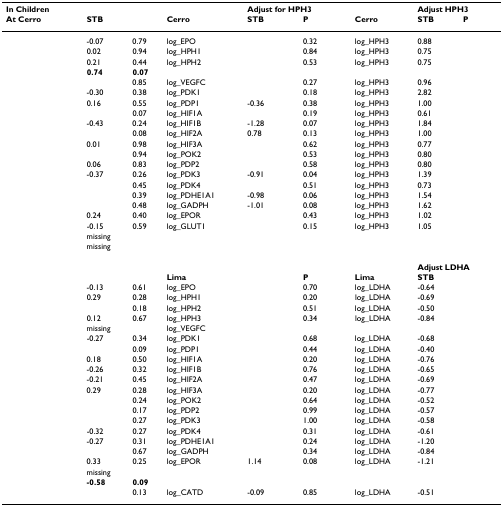
<table><thead><tr><td><b>In Children</b></td><td>[EMPTY_CELL]</td><td>[EMPTY_CELL]</td><td>[EMPTY_CELL]</td><td colspan="2"><b>Adjust for HPH3</b></td><td>[EMPTY_CELL]</td><td colspan="2"><b>Adjust HPH3</b></td></tr><tr><td><b>At Cerro</b></td><td><b>STB</b></td><td>[EMPTY_CELL]</td><td><b>Cerro</b></td><td><b>STB</b></td><td><b>P</b></td><td><b>Cerro</b></td><td><b>STB</b></td><td><b>P</b></td></tr></thead><tbody><tr><td>[EMPTY_CELL]</td><td>-0.07</td><td>0.79</td><td>log_EPO</td><td>[EMPTY_CELL]</td><td>0.32</td><td>log_HPH3</td><td>0.88</td><td>[EMPTY_CELL]</td></tr><tr><td>[EMPTY_CELL]</td><td>0.02</td><td>0.94</td><td>log_HPH1</td><td>[EMPTY_CELL]</td><td>0.84</td><td>log_HPH3</td><td>0.75</td><td>[EMPTY_CELL]</td></tr><tr><td>[EMPTY_CELL]</td><td>0.21</td><td>0.44</td><td>log_HPH2</td><td>[EMPTY_CELL]</td><td>0.53</td><td>log_HPH3</td><td>0.75</td><td>[EMPTY_CELL]</td></tr><tr><td>[EMPTY_CELL]</td><td><b>0.74</b></td><td><b>0.07</b></td><td>[EMPTY_CELL]</td><td>[EMPTY_CELL]</td><td>[EMPTY_CELL]</td><td>[EMPTY_CELL]</td><td>[EMPTY_CELL]</td><td>[EMPTY_CELL]</td></tr><tr><td>[EMPTY_CELL]</td><td>[EMPTY_CELL]</td><td>0.85</td><td>log_VEGFC</td><td>[EMPTY_CELL]</td><td>0.27</td><td>log_HPH3</td><td>0.96</td><td>[EMPTY_CELL]</td></tr><tr><td>[EMPTY_CELL]</td><td>-0.30</td><td>0.38</td><td>log_PDK1</td><td>[EMPTY_CELL]</td><td>0.18</td><td>log_HPH3</td><td>2.82</td><td>[EMPTY_CELL]</td></tr><tr><td>[EMPTY_CELL]</td><td>0.16</td><td>0.55</td><td>log_PDP1</td><td>-0.36</td><td>0.38</td><td>log_HPH3</td><td>1.00</td><td>[EMPTY_CELL]</td></tr><tr><td>[EMPTY_CELL]</td><td>[EMPTY_CELL]</td><td>0.07</td><td>log_HIF1A</td><td>[EMPTY_CELL]</td><td>0.19</td><td>log_HPH3</td><td>0.61</td><td>[EMPTY_CELL]</td></tr><tr><td>[EMPTY_CELL]</td><td>-0.43</td><td>0.24</td><td>log_HIF1B</td><td>-1.28</td><td>0.07</td><td>log_HPH3</td><td>1.84</td><td>[EMPTY_CELL]</td></tr><tr><td>[EMPTY_CELL]</td><td>[EMPTY_CELL]</td><td>0.08</td><td>log_HIF2A</td><td>0.78</td><td>0.13</td><td>log_HPH3</td><td>1.00</td><td>[EMPTY_CELL]</td></tr><tr><td>[EMPTY_CELL]</td><td>0.01</td><td>0.98</td><td>log_HIF3A</td><td>[EMPTY_CELL]</td><td>0.62</td><td>log_HPH3</td><td>0.77</td><td>[EMPTY_CELL]</td></tr><tr><td>[EMPTY_CELL]</td><td>[EMPTY_CELL]</td><td>0.94</td><td>log_POK2</td><td>[EMPTY_CELL]</td><td>0.53</td><td>log_HPH3</td><td>0.80</td><td>[EMPTY_CELL]</td></tr><tr><td>[EMPTY_CELL]</td><td>0.06</td><td>0.83</td><td>log_PDP2</td><td>[EMPTY_CELL]</td><td>0.58</td><td>log_HPH3</td><td>0.80</td><td>[EMPTY_CELL]</td></tr><tr><td>[EMPTY_CELL]</td><td>-0.37</td><td>0.26</td><td>log_PDK3</td><td>-0.91</td><td>0.04</td><td>log_HPH3</td><td>1.39</td><td>[EMPTY_CELL]</td></tr><tr><td>[EMPTY_CELL]</td><td>[EMPTY_CELL]</td><td>0.45</td><td>log_PDK4</td><td>[EMPTY_CELL]</td><td>0.51</td><td>log_HPH3</td><td>0.73</td><td>[EMPTY_CELL]</td></tr><tr><td>[EMPTY_CELL]</td><td>[EMPTY_CELL]</td><td>0.39</td><td>log_PDHE1A1</td><td>-0.98</td><td>0.06</td><td>log_HPH3</td><td>1.54</td><td>[EMPTY_CELL]</td></tr><tr><td>[EMPTY_CELL]</td><td>[EMPTY_CELL]</td><td>0.48</td><td>log_GADPH</td><td>-1.01</td><td>0.08</td><td>log_HPH3</td><td>1.62</td><td>[EMPTY_CELL]</td></tr><tr><td>[EMPTY_CELL]</td><td>0.24</td><td>0.40</td><td>log_EPOR</td><td>[EMPTY_CELL]</td><td>0.43</td><td>log_HPH3</td><td>1.02</td><td>[EMPTY_CELL]</td></tr><tr><td>[EMPTY_CELL]</td><td>-0.15</td><td>0.59</td><td>log_GLUT1</td><td>[EMPTY_CELL]</td><td>0.15</td><td>log_HPH3</td><td>1.05</td><td>[EMPTY_CELL]</td></tr><tr><td>[EMPTY_CELL]</td><td>missing</td><td>[EMPTY_CELL]</td><td>[EMPTY_CELL]</td><td>[EMPTY_CELL]</td><td>[EMPTY_CELL]</td><td>[EMPTY_CELL]</td><td>[EMPTY_CELL]</td><td>[EMPTY_CELL]</td></tr><tr><td>[EMPTY_CELL]</td><td>missing</td><td>[EMPTY_CELL]</td><td>[EMPTY_CELL]</td><td>[EMPTY_CELL]</td><td>[EMPTY_CELL]</td><td>[EMPTY_CELL]</td><td>[EMPTY_CELL]</td><td>[EMPTY_CELL]</td></tr><tr><td>[EMPTY_CELL]</td><td>[EMPTY_CELL]</td><td>[EMPTY_CELL]</td><td>[EMPTY_CELL]</td><td colspan="2">[EMPTY_CELL]</td><td>[EMPTY_CELL]</td><td colspan="2"><b>Adjust LDHA</b></td></tr><tr><td>[EMPTY_CELL]</td><td>[EMPTY_CELL]</td><td>[EMPTY_CELL]</td><td><b>Lima</b></td><td>[EMPTY_CELL]</td><td><b>P</b></td><td><b>Lima</b></td><td><b>STB</b></td><td>[EMPTY_CELL]</td></tr><tr><td>[EMPTY_CELL]</td><td>-0.13</td><td>0.61</td><td>log_EPO</td><td>[EMPTY_CELL]</td><td>0.70</td><td>log_LDHA</td><td>-0.64</td><td>[EMPTY_CELL]</td></tr><tr><td>[EMPTY_CELL]</td><td>0.29</td><td>0.28</td><td>log_HPH1</td><td>[EMPTY_CELL]</td><td>0.20</td><td>log_LDHA</td><td>-0.69</td><td>[EMPTY_CELL]</td></tr><tr><td>[EMPTY_CELL]</td><td>[EMPTY_CELL]</td><td>0.18</td><td>log_HPH2</td><td>[EMPTY_CELL]</td><td>0.51</td><td>log_LDHA</td><td>-0.50</td><td>[EMPTY_CELL]</td></tr><tr><td>[EMPTY_CELL]</td><td>0.12</td><td>0.67</td><td>log_HPH3</td><td>[EMPTY_CELL]</td><td>0.34</td><td>log_LDHA</td><td>-0.84</td><td>[EMPTY_CELL]</td></tr><tr><td>[EMPTY_CELL]</td><td>missing</td><td>[EMPTY_CELL]</td><td>log_VEGFC</td><td>[EMPTY_CELL]</td><td>[EMPTY_CELL]</td><td>[EMPTY_CELL]</td><td>[EMPTY_CELL]</td><td>[EMPTY_CELL]</td></tr><tr><td>[EMPTY_CELL]</td><td>-0.27</td><td>0.34</td><td>log_PDK1</td><td>[EMPTY_CELL]</td><td>0.68</td><td>log_LDHA</td><td>-0.68</td><td>[EMPTY_CELL]</td></tr><tr><td>[EMPTY_CELL]</td><td>[EMPTY_CELL]</td><td>0.09</td><td>log_PDP1</td><td>[EMPTY_CELL]</td><td>0.44</td><td>log_LDHA</td><td>-0.40</td><td>[EMPTY_CELL]</td></tr><tr><td>[EMPTY_CELL]</td><td>0.18</td><td>0.50</td><td>log_HIF1A</td><td>[EMPTY_CELL]</td><td>0.20</td><td>log_LDHA</td><td>-0.76</td><td>[EMPTY_CELL]</td></tr><tr><td>[EMPTY_CELL]</td><td>-0.26</td><td>0.32</td><td>log_HIF1B</td><td>[EMPTY_CELL]</td><td>0.76</td><td>log_LDHA</td><td>-0.65</td><td>[EMPTY_CELL]</td></tr><tr><td>[EMPTY_CELL]</td><td>-0.21</td><td>0.45</td><td>log_HIF2A</td><td>[EMPTY_CELL]</td><td>0.47</td><td>log_LDHA</td><td>-0.69</td><td>[EMPTY_CELL]</td></tr><tr><td>[EMPTY_CELL]</td><td>0.29</td><td>0.28</td><td>log_HIF3A</td><td>[EMPTY_CELL]</td><td>0.20</td><td>log_LDHA</td><td>-0.77</td><td>[EMPTY_CELL]</td></tr><tr><td>[EMPTY_CELL]</td><td>[EMPTY_CELL]</td><td>0.24</td><td>log_POK2</td><td>[EMPTY_CELL]</td><td>0.64</td><td>log_LDHA</td><td>-0.52</td><td>[EMPTY_CELL]</td></tr><tr><td>[EMPTY_CELL]</td><td>[EMPTY_CELL]</td><td>0.17</td><td>log_PDP2</td><td>[EMPTY_CELL]</td><td>0.99</td><td>log_LDHA</td><td>-0.57</td><td>[EMPTY_CELL]</td></tr><tr><td>[EMPTY_CELL]</td><td>[EMPTY_CELL]</td><td>0.27</td><td>log_PDK3</td><td>[EMPTY_CELL]</td><td>1.00</td><td>log_LDHA</td><td>-0.58</td><td>[EMPTY_CELL]</td></tr><tr><td>[EMPTY_CELL]</td><td>-0.32</td><td>0.27</td><td>log_PDK4</td><td>[EMPTY_CELL]</td><td>0.31</td><td>log_LDHA</td><td>-0.61</td><td>[EMPTY_CELL]</td></tr><tr><td>[EMPTY_CELL]</td><td>-0.27</td><td>0.31</td><td>log_PDHE1A1</td><td>[EMPTY_CELL]</td><td>0.24</td><td>log_LDHA</td><td>-1.20</td><td>[EMPTY_CELL]</td></tr><tr><td>[EMPTY_CELL]</td><td>[EMPTY_CELL]</td><td>0.67</td><td>log_GADPH</td><td>[EMPTY_CELL]</td><td>0.34</td><td>log_LDHA</td><td>-0.84</td><td>[EMPTY_CELL]</td></tr><tr><td>[EMPTY_CELL]</td><td>0.33</td><td>0.25</td><td>log_EPOR</td><td>1.14</td><td>0.08</td><td>log_LDHA</td><td>-1.21</td><td>[EMPTY_CELL]</td></tr><tr><td>[EMPTY_CELL]</td><td>missing</td><td>[EMPTY_CELL]</td><td>[EMPTY_CELL]</td><td>[EMPTY_CELL]</td><td>[EMPTY_CELL]</td><td>[EMPTY_CELL]</td><td>[EMPTY_CELL]</td><td>[EMPTY_CELL]</td></tr><tr><td>[EMPTY_CELL]</td><td><b>-0.58</b></td><td><b>0.09</b></td><td>[EMPTY_CELL]</td><td>[EMPTY_CELL]</td><td>[EMPTY_CELL]</td><td>[EMPTY_CELL]</td><td>[EMPTY_CELL]</td><td>[EMPTY_CELL]</td></tr><tr><td>[EMPTY_CELL]</td><td>[EMPTY_CELL]</td><td>0.13</td><td>log_CATD</td><td>-0.09</td><td>0.85</td><td>log_LDHA</td><td>-0.51</td><td>[EMPTY_CELL]</td></tr></tbody></table>